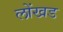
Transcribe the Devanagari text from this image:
लोंखड